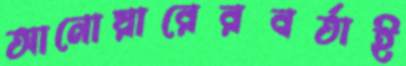
আনোয়ারেরবর্তাই